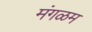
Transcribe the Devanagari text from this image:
मंगळम